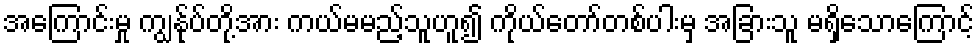
အကြောင်းမှု ကျွန်ုပ်တို့အား ကယ်မမည့်သူဟူ၍ ကိုယ်တော်တစ်ပါးမှ အခြားသူ မရှိသောကြောင့်